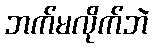
ဘက်မလိုက်ဘဲ